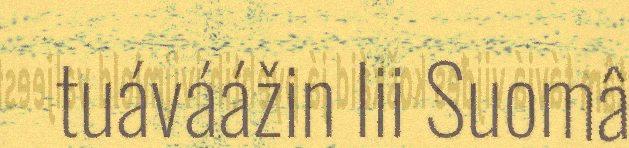
tuáváážin lii Suomâ